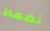
نضغط